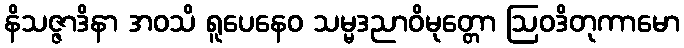
နိသဇ္ဇာဒိနာ အဝသိ ရူပေနေဝ သမ္မဒညာဝိမုတ္တော ဩဝဒိတုကာမော